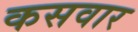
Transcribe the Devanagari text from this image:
कसवार